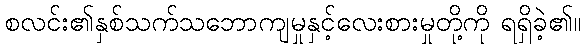
စလင်း၏နှစ်သက်သဘောကျမှုနှင့်လေးစားမှုတို့ကို ရရှိခဲ့၏။